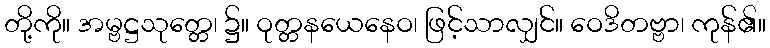
တို့ကို။ အမ္ဗဋ္ဌသုတ္တေ၊ ၌။ ဝုတ္တနယေနေဝ၊ ဖြင့်သာလျှင်။ ဝေဒိတဗ္ဗာ၊ ကုန်၏။